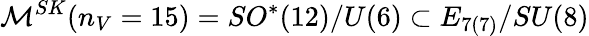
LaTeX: {\cal M}^{SK}(n_{V}=15)=SO^{*}(12)/U(6)\subset E_{7(7)}/SU(8)